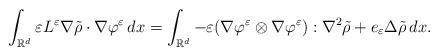
LaTeX: \begin{align*}\int_{\mathbb{R}^d} \varepsilon L^\varepsilon \nabla \tilde\rho \cdot\nabla \varphi^\varepsilon \, dx= \int _{\mathbb{R}^d} -\varepsilon (\nabla \varphi^\varepsilon\otimes \nabla \varphi^\varepsilon) : \nabla ^2\tilde \rho + e_{\varepsilon} \Delta \tilde\rho \, dx.\end{align*}